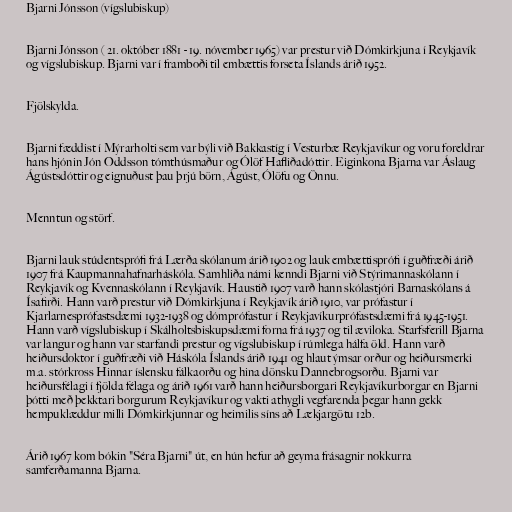
Bjarni Jónsson (vígslubiskup)

Bjarni Jónsson ( 21. október 1881 - 19. nóvember 1965) var prestur við Dómkirkjuna í Reykjavík
og vígslubiskup. Bjarni var í framboði til embættis forseta Íslands árið 1952.

Fjölskylda.

Bjarni fæddist í Mýrarholti sem var býli við Bakkastíg í Vesturbæ Reykjavíkur og voru foreldrar
hans hjónin Jón Oddsson tómthúsmaður og Ólöf Hafliðadóttir. Eiginkona Bjarna var Áslaug
Ágústsdóttir og eignuðust þau þrjú börn, Ágúst, Ólöfu og Önnu.

Menntun og störf.

Bjarni lauk stúdentsprófi frá Lærða skólanum árið 1902 og lauk embættisprófi í guðfræði árið
1907 frá Kaupmannahafnarháskóla. Samhliða námi kenndi Bjarni við Stýrimannaskólann í
Reykjavík og Kvennaskólann í Reykjavík. Haustið 1907 varð hann skólastjóri Barnaskólans á
Ísafirði. Hann varð prestur við Dómkirkjuna í Reykjavík árið 1910, var prófastur í
Kjarlarnesprófastsdæmi 1932-1938 og dómprófastur í Reykjavíkurprófastsdæmi frá 1945-1951.
Hann varð vígslubiskup í Skálholtsbiskupsdæmi forna frá 1937 og til æviloka. Starfsferill Bjarna
var langur og hann var starfandi prestur og vígslubiskup í rúmlega hálfa öld. Hann varð
heiðursdoktor í guðfræði við Háskóla Íslands árið 1941 og hlaut ýmsar orður og heiðursmerki
m.a. stórkross Hinnar íslensku fálkaorðu og hina dönsku Dannebrogsorðu. Bjarni var
heiðursfélagi í fjölda félaga og árið 1961 varð hann heiðursborgari Reykjavíkurborgar en Bjarni
þótti með þekktari borgurum Reykjavíkur og vakti athygli vegfarenda þegar hann gekk
hempuklæddur milli Dómkirkjunnar og heimilis síns að Lækjargötu 12b.

Árið 1967 kom bókin "Séra Bjarni" út, en hún hefur að geyma frásagnir nokkurra
samferðamanna Bjarna.